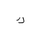
Letter: _kaf